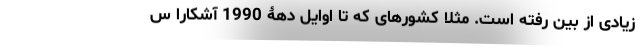
زیادی از بین رفته است. مثلا کشورهای که تا اوایل دهۀ 1990 آشکارا س